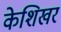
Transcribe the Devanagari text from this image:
केशिखर